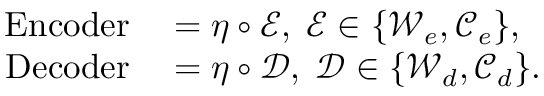
\begin{array} { r l } { \operatorname { E n c o d e r } } & { { } = \eta \circ \mathcal { E } , \; \mathcal { E } \in \{ \mathcal { W } _ { e } , \mathcal { C } _ { e } \} , } \\ { \operatorname { D e c o d e r } } & { { } = \eta \circ \mathcal { D } , \; \mathcal { D } \in \{ \mathcal { W } _ { d } , \mathcal { C } _ { d } \} . } \end{array}